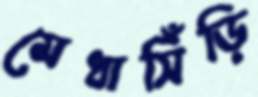
মেধাসিঁড়ি